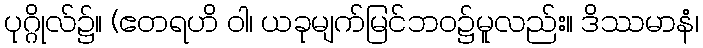
ပုဂ္ဂိုလ်၌။ (ဧတရဟိ ဝါ၊ ယခုမျက်မြင်ဘဝ၌မူလည်း။ ဒိဿမာနံ၊